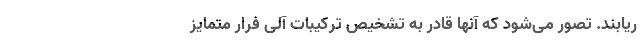
ریابند. تصور می‌شود که آنها قادر به تشخیص ترکیبات آلی فرار متمایز